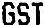
GST